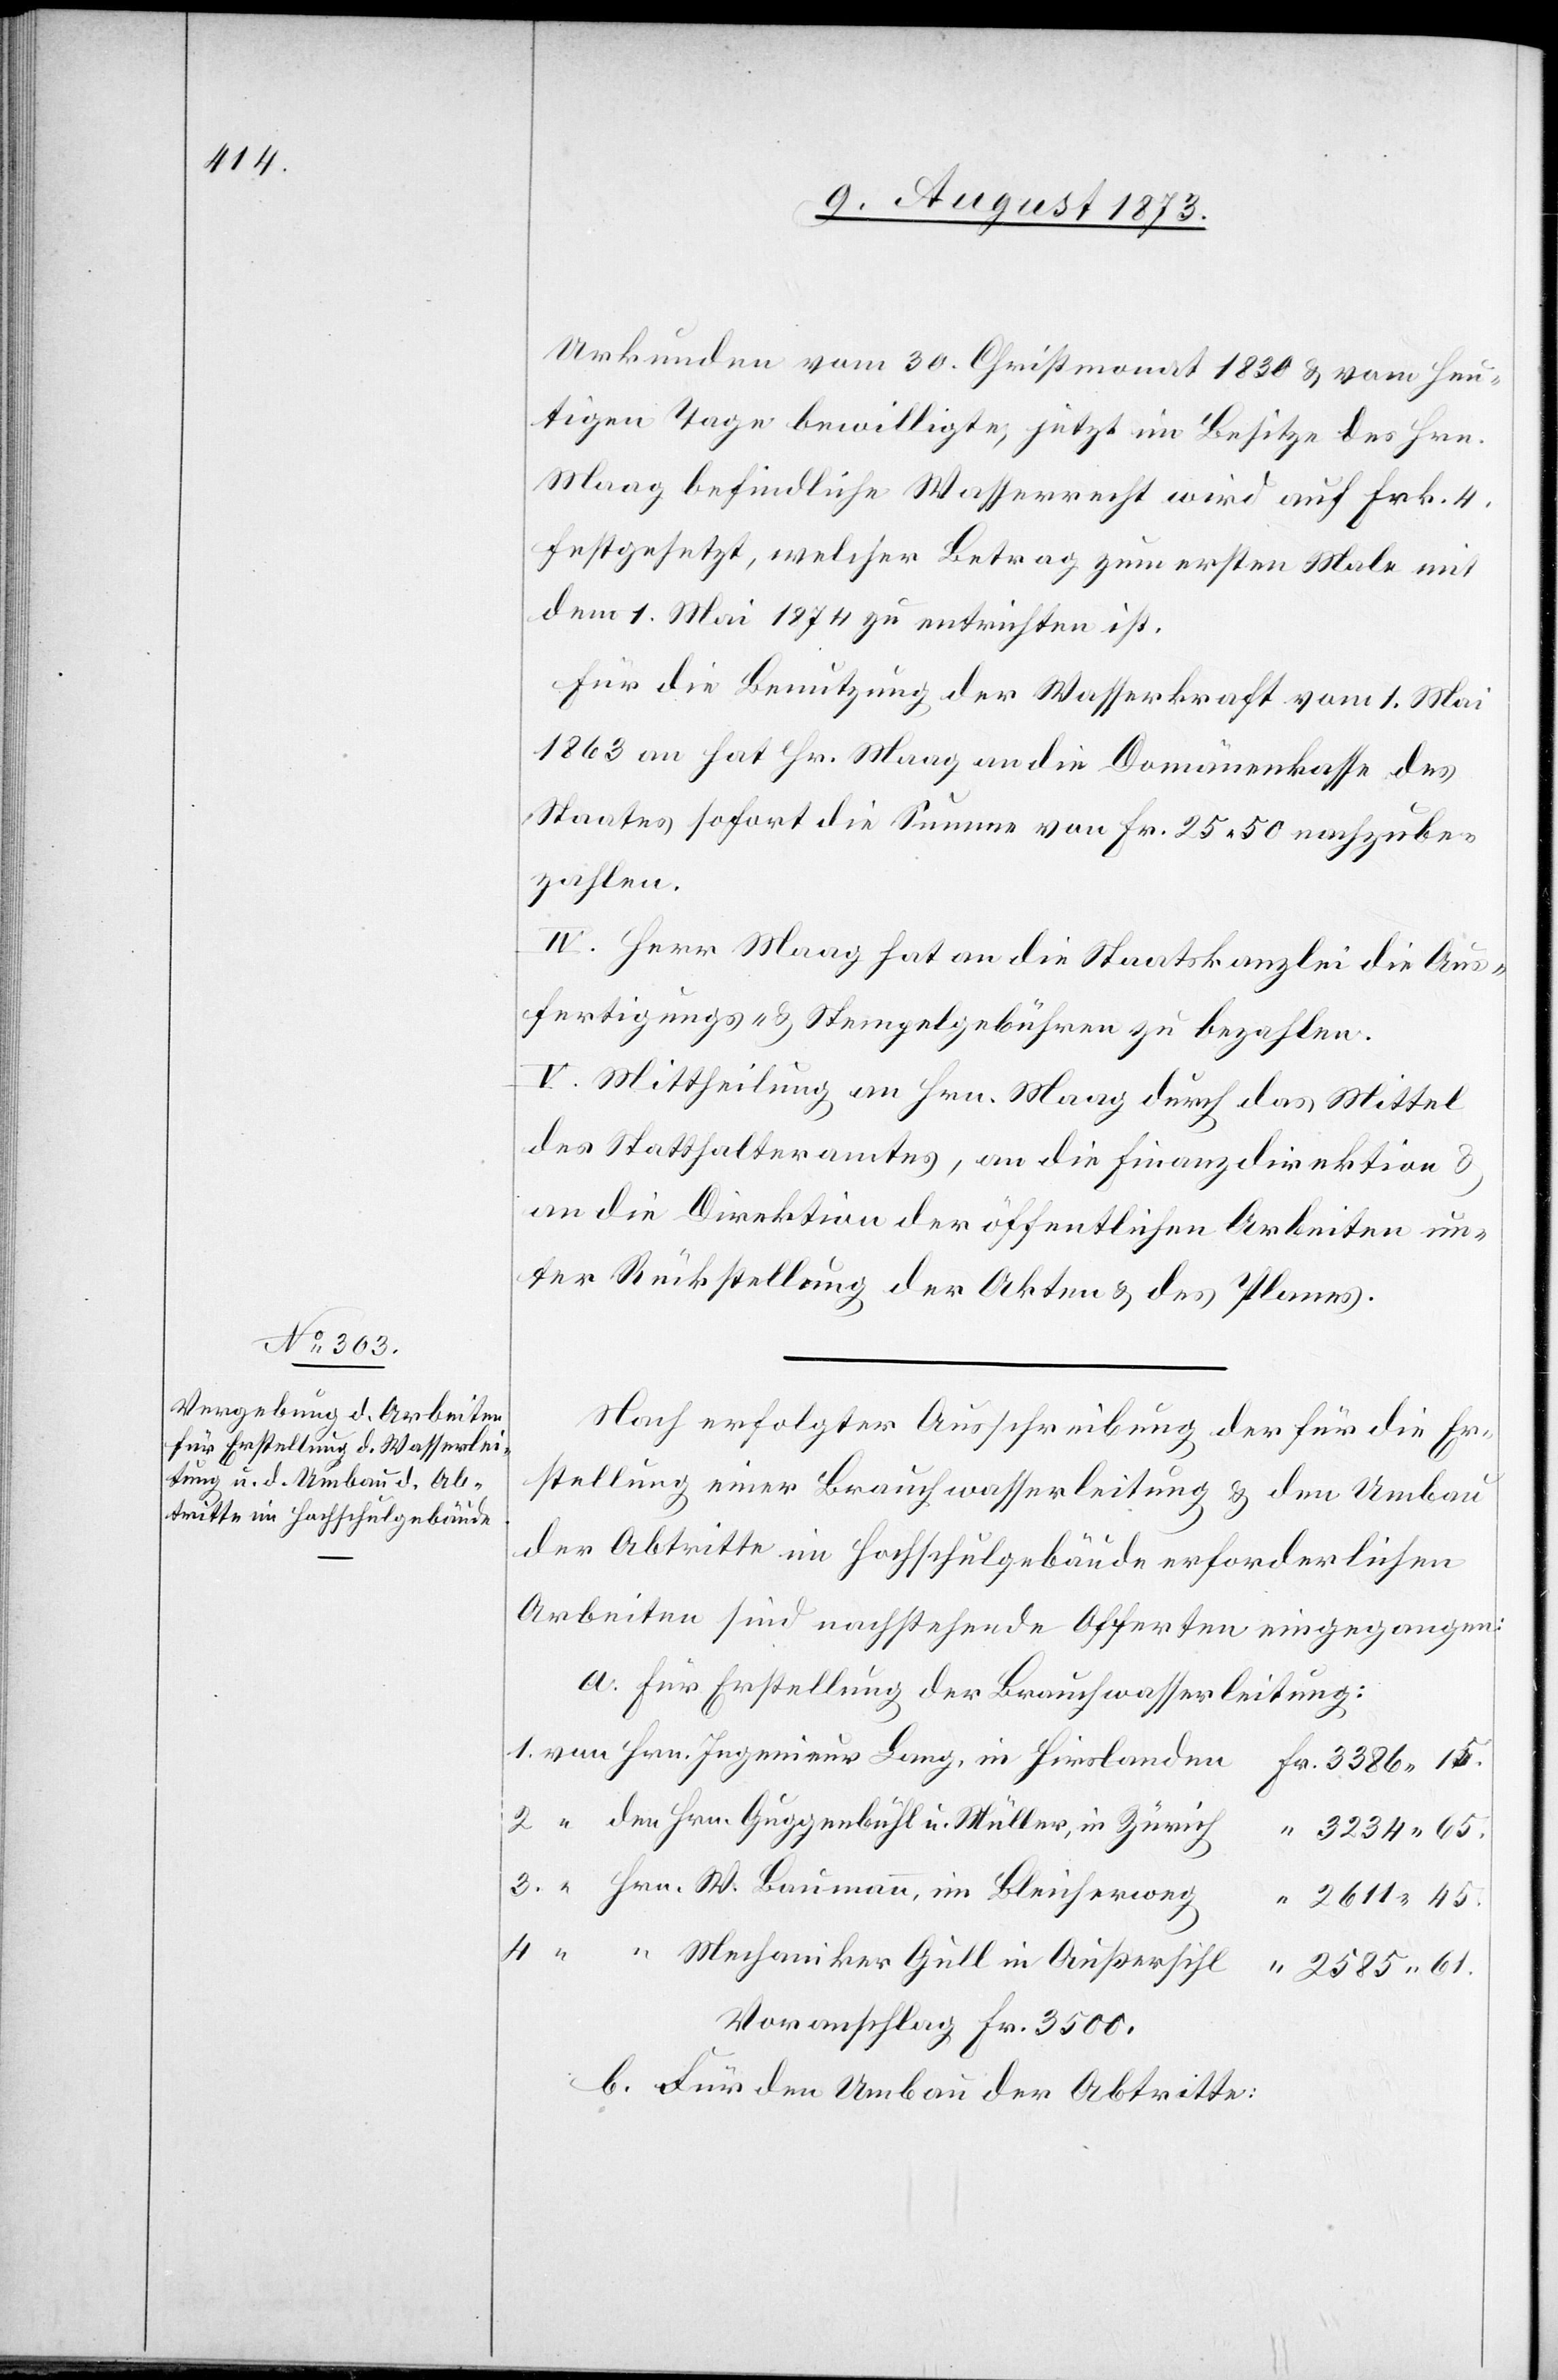
Urkunden vom 30. Christmonat 1830 & vom heu¬
tigen Tage bewilligte, jetzt im Besitze des Hrn.
Maag befindliche Wasserrecht wird auf Frk. 4
festgesetzt, welcher Betrag zum ersten Male mit
dem 1. Mai 1874 zu entrichten ist.
Für die Benutzung der Wasserkraft vom 1. Mai
1863 an hat Hr. Maag an die Domänenkasse des
Staates sofort die Summe von Fr. 25 50 nachzube¬
zahlen.
IV. Herr Maag hat an die Staatskanzlei die Aus¬
fertigungs- & Stempelgebühren zu bezahlen.
V. Mittheilung an Hrn. Maag durch das Mittel
des Statthalteramtes, an die Finanzdirektion &
an die Direktion der öffentlichen Arbeiten un¬
ter Rückstellung der Akten & des Planes.
Nach erfolgter Ausschreibung der für die Er¬
stellung einer Brauchwasserleitung & den Umbau
der Abtritte im Hochschulgebäude erforderlichen
Arbeiten sind nachstehende Offerten eingegangen:
a. Für Erstellung der Brauchwasserleitung:
den Hrn. Guggenbühl u. Müller, in Zürich
“
3 234 65.
2 611 45.
4.
Mechaniker Gull in Außersihl
2 585 61.
Voranschlag Fr. 3 500.
b. Für den Umbau der Abtritte: